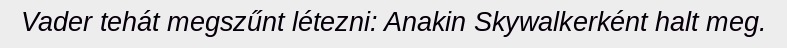
Vader tehát megszűnt létezni: Anakin Skywalkerként halt meg.